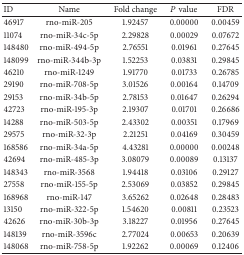
<table><thead><tr><td><b>ID</b></td><td><b>Name</b></td><td><b>Fold change</b></td><td><b><i>P</i> value</b></td><td><b>FDR</b></td></tr></thead><tbody><tr><td>46917</td><td>rno-miR-205</td><td>1.92457 </td><td>0.00000 </td><td>0.00459 </td></tr><tr><td>11074</td><td>rno-miR-34c-5p</td><td>2.29828 </td><td>0.00029 </td><td>0.07672 </td></tr><tr><td>148480</td><td>rno-miR-494-5p</td><td>2.76551 </td><td>0.01961 </td><td>0.27645 </td></tr><tr><td>148099</td><td>rno-miR-344b-3p</td><td>1.52253 </td><td>0.03831 </td><td>0.29845 </td></tr><tr><td>46210</td><td>rno-miR-1249</td><td>1.91770 </td><td>0.01733 </td><td>0.26785 </td></tr><tr><td>29190</td><td>rno-miR-708-5p</td><td>3.01526 </td><td>0.00164 </td><td>0.14709 </td></tr><tr><td>29153</td><td>rno-miR-34b-5p</td><td>2.78153 </td><td>0.01647 </td><td>0.26294 </td></tr><tr><td>42723</td><td>rno-miR-195-3p</td><td>2.19307 </td><td>0.01701 </td><td>0.26686 </td></tr><tr><td>14288</td><td>rno-miR-503-5p</td><td>2.43302 </td><td>0.00351 </td><td>0.17969 </td></tr><tr><td>29575</td><td>rno-miR-32-3p</td><td>2.21251 </td><td>0.04169 </td><td>0.30459 </td></tr><tr><td>168586</td><td>rno-miR-34a-5p</td><td>4.43281 </td><td>0.00000 </td><td>0.00248 </td></tr><tr><td>42694</td><td>rno-miR-485-3p</td><td>3.08079 </td><td>0.00089 </td><td>0.13137 </td></tr><tr><td>148343</td><td>rno-miR-3568</td><td>1.94418 </td><td>0.03106 </td><td>0.29127 </td></tr><tr><td>27558</td><td>rno-miR-155-5p</td><td>2.53069 </td><td>0.03852 </td><td>0.29845 </td></tr><tr><td>168968</td><td>rno-miR-147</td><td>3.65262 </td><td>0.02648 </td><td>0.28483 </td></tr><tr><td>13150</td><td>rno-miR-322-5p</td><td>1.54620 </td><td>0.00811 </td><td>0.23523 </td></tr><tr><td>42626</td><td>rno-miR-30b-3p</td><td>3.18227 </td><td>0.01956 </td><td>0.27645 </td></tr><tr><td>148139</td><td>rno-miR-3596c</td><td>2.77024 </td><td>0.00653 </td><td>0.20639 </td></tr><tr><td>148068</td><td>rno-miR-758-5p</td><td>1.92262 </td><td>0.00069 </td><td>0.12406 </td></tr></tbody></table>